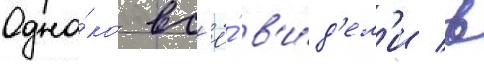
Одна́ко вс'ё́ в'и́д'ел'и в